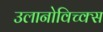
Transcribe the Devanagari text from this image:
उलानोविच्क्स